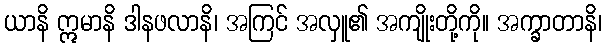
ယာနိ ဣမာနိ ဒါနဖလာနိ၊ အကြင် အလှူ၏ အကျိုးတို့ကို။ အက္ခာတာနိ၊